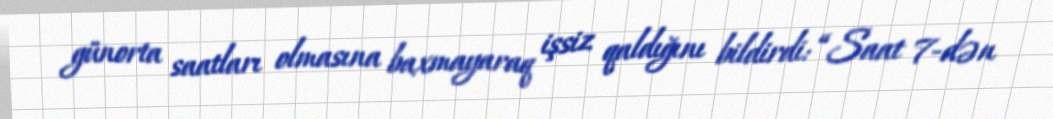
günorta saatları olmasına baxmayaraq işsiz qaldığını bildirdi: “Saat 7-dən